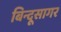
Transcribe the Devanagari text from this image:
बिन्दूसागर